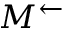
M ^ { \leftarrow }